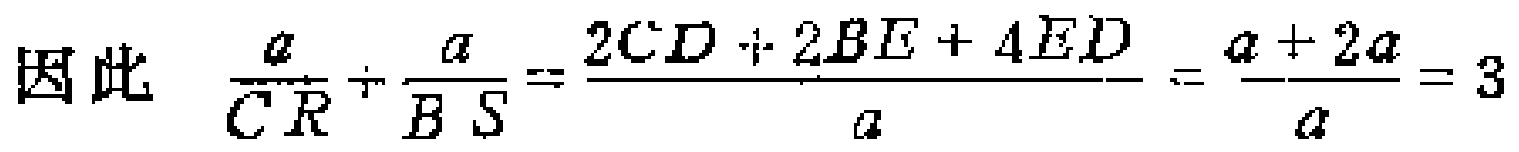
因此 \(\frac{a}{\overrightarrow{CR}}\div\frac{a}{\overrightarrow{BS}}=\frac{2CD + 2BE + 4ED}{a}=\frac{a + 2a}{a}=3\)